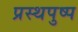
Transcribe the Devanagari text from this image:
प्रस्थपुष्प